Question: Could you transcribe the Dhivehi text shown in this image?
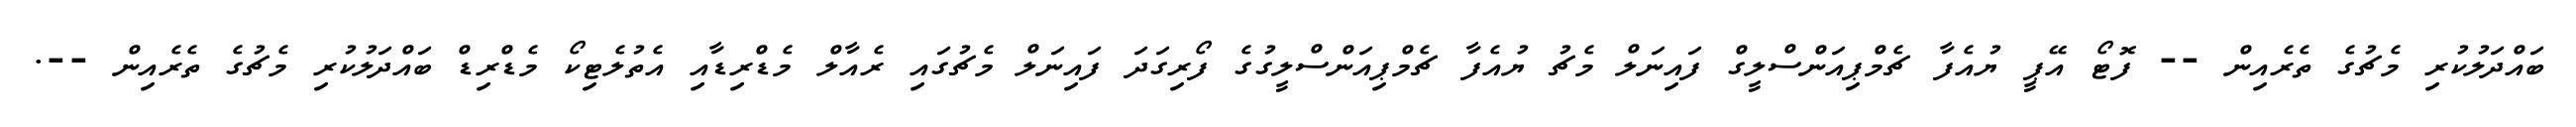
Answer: ބައްދަލުކުރި މެޗުގެ ތެރެއިން -- ފޮޓޯ އޭޕީ ޔުއެފާ ޗެމްޕިއަންސްލީގް ފައިނަލް މެޗު ޔުއެފާ ޗެމްޕިއަންސްލީގުގެ ފޯރިގަދަ ފައިނަލް މެޗުގައި ރެއާލް މެޑްރިޑާއި އެތުލެޓިކޯ މެޑްރިޑް ބައްދަލުކުރި މެޗުގެ ތެރެއިން --.